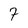
Character: 7